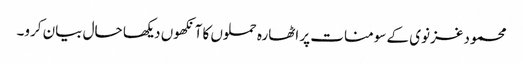
محمود غزنوی کے سومنات پر اٹھارہ حملوں کا آنکھوں دیکھا حال بیان کرو۔